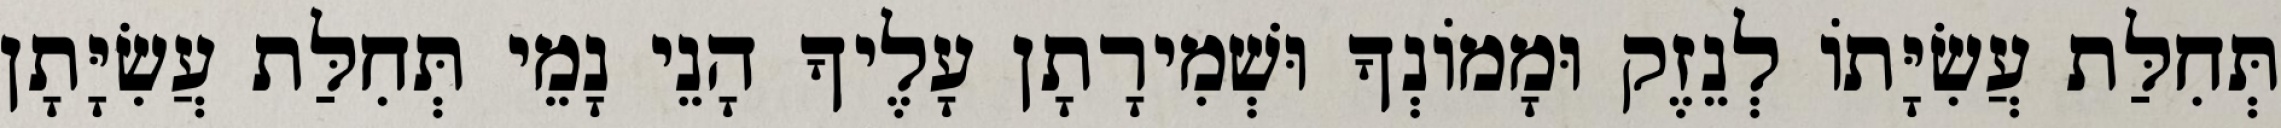
תְּחִלַּת עֲשִׂיָּתוֹ לְנֵזֶק וּמָמוֹנְךָ וּשְׁמִירָתָן עָלֶיךָ הָנֵי נָמֵי תְּחִלַּת עֲשִׂיָּתָן